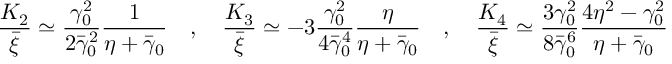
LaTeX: \frac { K _ { 2 } } { \bar { \xi } } \simeq \frac { \gamma _ { 0 } ^ { 2 } } { 2 \bar { \gamma } _ { 0 } ^ { 2 } } \frac { 1 } { \eta + \bar { \gamma } _ { 0 } } \quad , \quad \frac { K _ { 3 } } { \bar { \xi } } \simeq - 3 \frac { \gamma _ { 0 } ^ { 2 } } { 4 \bar { \gamma } _ { 0 } ^ { 4 } } \frac { \eta } { \eta + \bar { \gamma } _ { 0 } } \quad , \quad \frac { K _ { 4 } } { \bar { \xi } } \simeq \frac { 3 \gamma _ { 0 } ^ { 2 } } { 8 \bar { \gamma } _ { 0 } ^ { 6 } } \frac { 4 \eta ^ { 2 } - \gamma _ { 0 } ^ { 2 } } { \eta + \bar { \gamma } _ { 0 } }